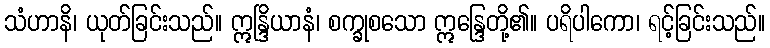
သံဟာနိ၊ ယုတ်ခြင်းသည်။ ဣန္ဒြိယာနံ၊ စက္ခုစသော ဣန္ဒြေတို့၏။ ပရိပါကော၊ ရင့်ခြင်းသည်။